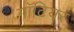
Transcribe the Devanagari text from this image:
गॉटियर